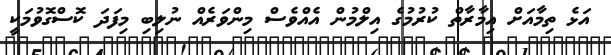
އަޅެ ތިމާއަށް އިމާރާތް ކުރުމުގެ އިލްމުން އެއްވެސް މިންވަރެއް ނުލިބި މިފަދަ ކޮސްގޮވުމަކީ